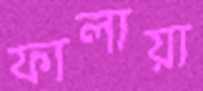
ফালায়া